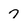
Character: 7